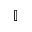
\mathbb { I }